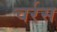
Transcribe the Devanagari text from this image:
चर्रस